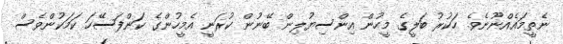
ނެތީމައެއްނޫނެވެ. ހަކުރު ބަލީގެ މީހުން އިންސިޔުލިން ބޭނުން ކުރަނީ އެމީހުންގެ ކަންފަސޭހަ ކަމަކުންވެސް